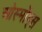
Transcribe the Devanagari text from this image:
ओस्मोंड्स